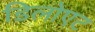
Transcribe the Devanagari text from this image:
डिलोएट